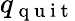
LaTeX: q_{\mathrm{~q~u~i~t~}}